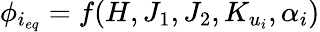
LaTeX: \phi_{i_{eq}}=f(H,J_{1},J_{2},K_{u_{i}},\alpha_{i})